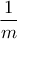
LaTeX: \frac { 1 } { m }